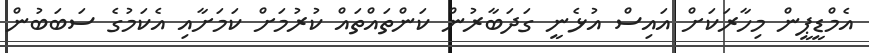
އެމްޑީޕީން މިހާރަކަށް އައިސް އުޅެނީ ގަދަބާރުން ކަންތައްތައް ކުރުމަށް ކަމަށާއި އެކަމުގެ ސަބަބުން